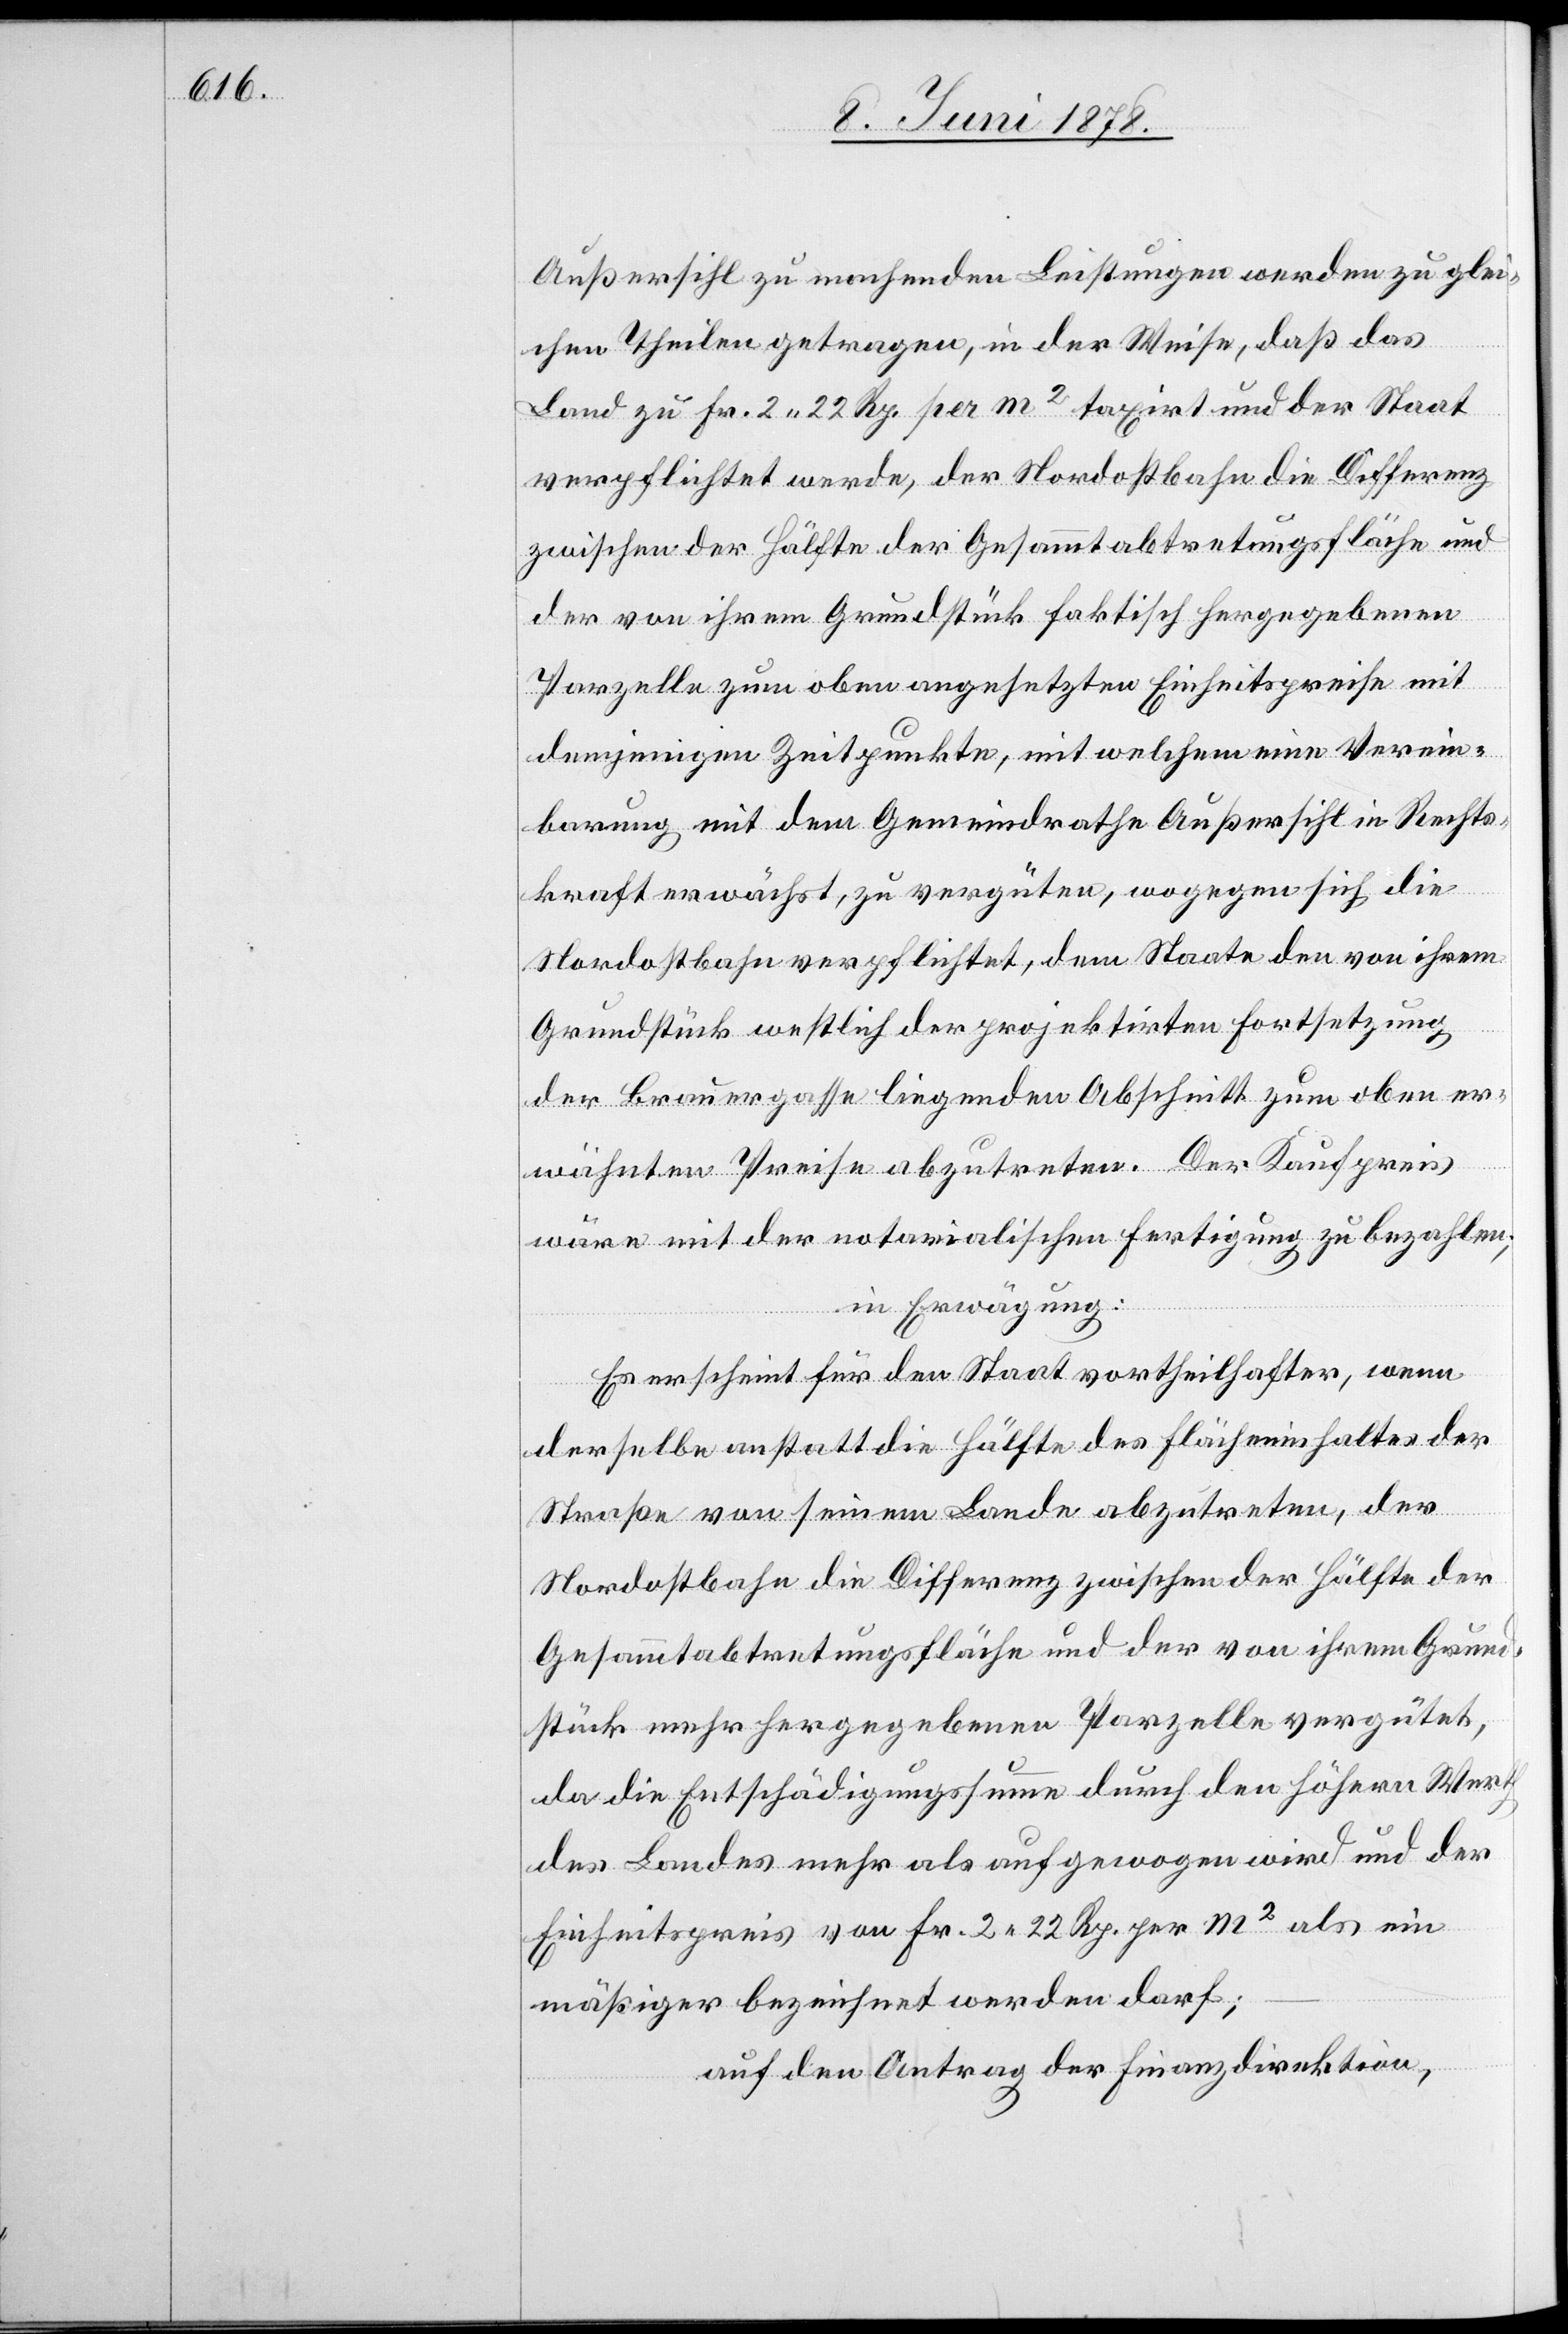
Außersihl zu machenden Leistungen werden zu glei¬
chen Theilen getragen, in der Weise, daß das
Land zu Fr. 2 22 Rp. per m2 taxirt und der Staat
verpflichtet werde, der Nordostbahn die Differenz
zwischen der Hälfte der Gesammtabtretungsfläche und
der von ihrem Grundstück faktisch hergegebenen
Parzelle zum oben angesetzten Einheitspreise mit
demjenigen Zeitpunkte, mit welchem eine Verein¬
barung mit dem Gemeindrath Außersihl in Rechts¬
kraft erwächst, zu vergüten, wogegen sich die
Nordostbahn verpflichtet, dem Staate den von ihrem
Grundstück westlich der projektirten Fortsetzung
der Brauergasse liegenden Abschnitt zum oben er¬
wähnten Preise abzutreten. Der Kaufpreis
wäre mit der notarialischen Fertigung zu bezahlen;
in Erwägung:
Es erscheint für den Staat vortheilhafter, wenn
derselbe anstatt die Hälfte des Flächeninhaltes der
Straße von seinem Lande abzutreten, der
Nordostbahn die Differenz zwischen der Hälfte der
Gesammtabtretungsfläche und der von ihrem Grund¬
stück mehr hergegebenen Parzelle vergütet,
da die Entschädigungssumme durch den höhern Werth
des Landes mehr als aufgewogen wird und der
Einheitspreis von Fr. 2 22 Rp. per m2 als ein
mäßiger bezeichnet werden darf;
auf den Antrag der Finanzdirektion,